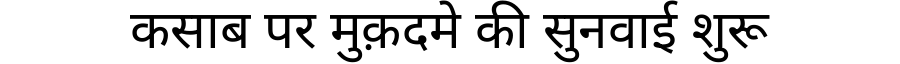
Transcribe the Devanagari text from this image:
कसाब पर मुक़दमे की सुनवाई शुरू